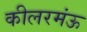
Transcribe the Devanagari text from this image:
कीलरमंऊ